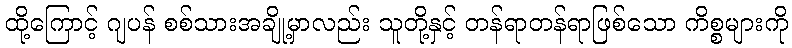
ထို့ကြောင့် ဂျပန် စစ်သားအချို့မှာလည်း သူတို့နှင့် တန်ရာတန်ရာဖြစ်သော ကိစ္စများကို